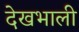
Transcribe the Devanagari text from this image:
देखभाली